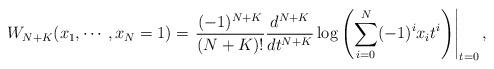
LaTeX: \begin{align*}W_{N+K}(x_1,\cdots ,x_N=1) = \left.\frac{(-1)^{N+K}}{(N+K)!}\frac{d^{N+K}}{dt^{N+K}}\log\left(\sum_{i=0}^{N}(-1)^ix_it^i\right)\right|_{t=0},\end{align*}